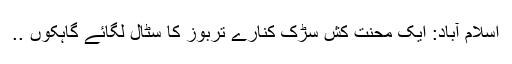
اسلام آباد: ایک محنت کش سڑک کنارے تربوز کا سٹال لگائے گاہکوں ..